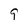
Character: 9